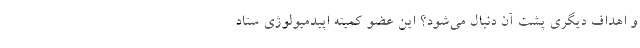
و اهداف دیگری پشت آن دنبال می‌شود؟ این عضو کمیته اپیدمیولوژی ستاد